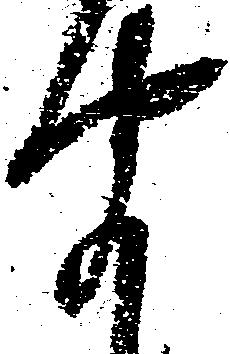
聞